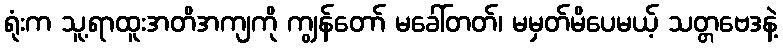
ရုံးက သူ့ရာထူးအတိအကျကို ကျွန်တော် မခေါ်တတ်၊ မမှတ်မိပေမယ့် သတ္တဗေဒနဲ့